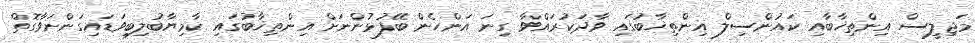
މަޖިލީސް އިންތިޚާބާއި ކައުންސިލް އިންތިޚާބުގައި ވާދަކުރައްވާ ގިނަ އަންހެން ބޭފުޅުންނަށް އިންތިޚާބުގައި ކާމިޔާބުލިބިވަޑައިގަންނަވާގޮތް